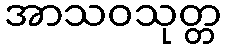
အာသဝသုတ္တ